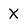
Character: X